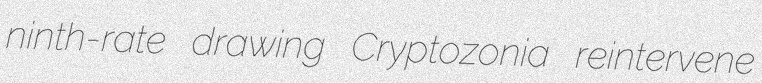
ninth-rate drawing Cryptozonia reintervene